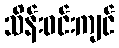
သိန်းဝင်းကျင်